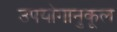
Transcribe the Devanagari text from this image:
उपयोगानुकूल